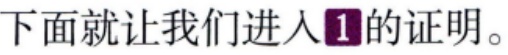
下面就让我们进入\ding{172}的证明。